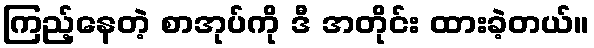
ကြည့်နေတဲ့ စာအုပ်ကို ဒီ အတိုင်း ထားခဲ့တယ်။